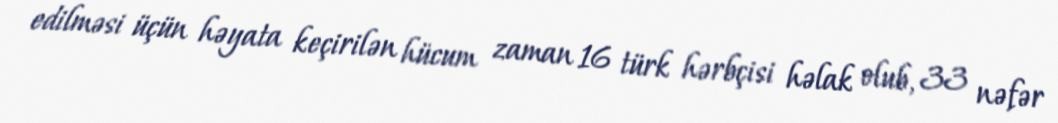
edilməsi üçün həyata keçirilən hücum zaman 16 türk hərbçisi həlak olub, 33 nəfər